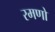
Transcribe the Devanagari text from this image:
रमणो